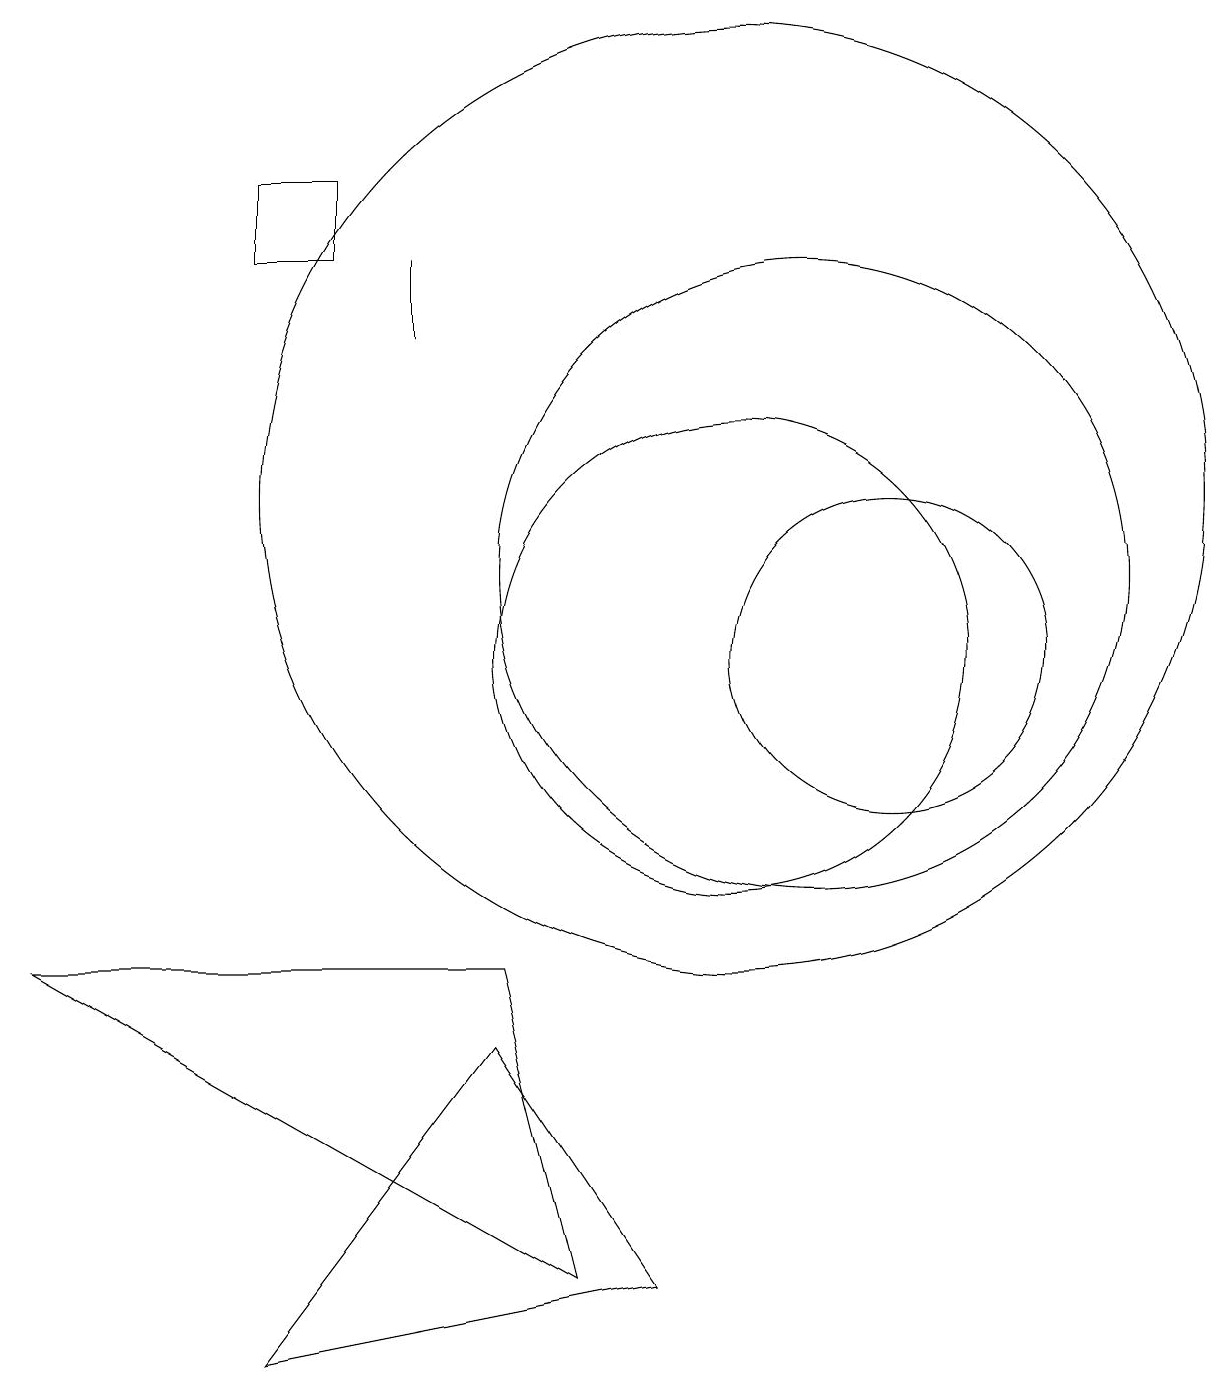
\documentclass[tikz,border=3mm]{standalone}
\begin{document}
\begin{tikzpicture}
\draw (5,15) rectangle (4,16);
\draw (8,2) -- (1,6) -- (7,6) -- cycle;
\draw (11,11) circle (4);
\draw (10,12) circle (6);
\draw (7,5) -- (9,2) -- (4,1) -- cycle;
\draw (6,14) rectangle (6,15);
\draw (10,10) circle (3);
\draw (12,10) circle (2);
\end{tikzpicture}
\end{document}